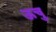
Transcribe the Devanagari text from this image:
ऊचु